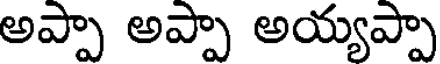
అప్పా అప్పా అయ్యప్పా